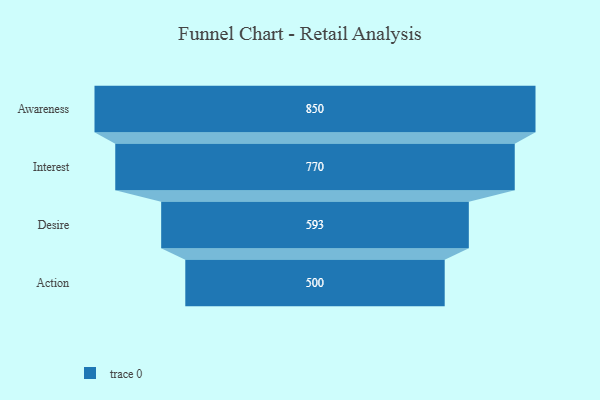
{"axis": {"x": "Stage", "y": "Value"}, "legend": [""], "data": [{"x": "Awareness", "y": 850.0, "type": ""}, {"x": "Interest", "y": 770.0, "type": ""}, {"x": "Desire", "y": 593.0, "type": ""}, {"x": "Action", "y": 500, "type": ""}]}